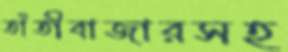
তাঁতীবাজারসহ